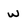
Character: w